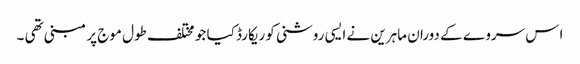
ا س سروے کے دوران ماہرین نے ایسی روشنی کو ریکارڈ کیا جو مختلف طول موج پر مبنی تھی ۔